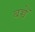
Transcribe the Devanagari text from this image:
बच्चेँ